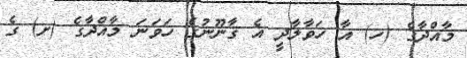
މާއްދާގެ (ހ) އާ ހަވާލާދީ އެ ޤާނޫނުގެ ހަވަނަ މާއްދާގެ (ށ) ގެ